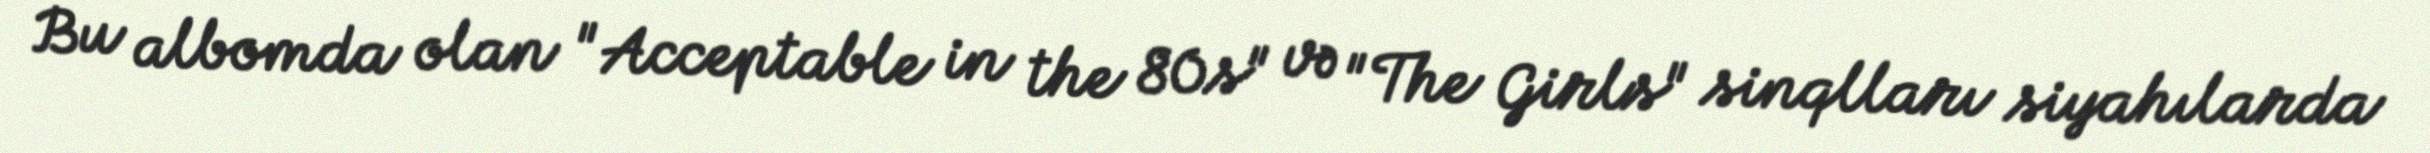
Bu albomda olan "Acceptable in the 80s" və "The Girls" sinqlları siyahılarda